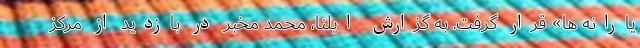
یارانه ها» قرار گرفت. به گزارش ایلنا،‌ محمد مخبر در بازدید از مرکز